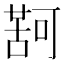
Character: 𮐤